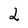
Character: 2